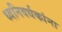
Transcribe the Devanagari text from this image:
ध्वनिवर्धकांना